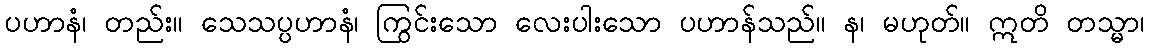
ပဟာနံ၊ တည်း။ သေသပ္ပဟာနံ၊ ကြွင်းသော လေးပါးသော ပဟာန်သည်။ န၊ မဟုတ်။ ဣတိ တသ္မာ၊